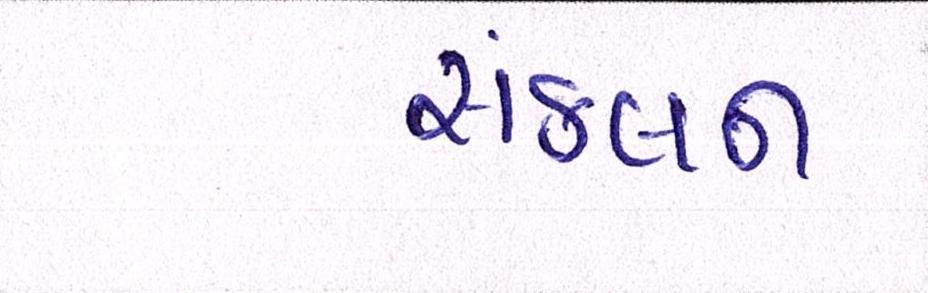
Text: સંકલન